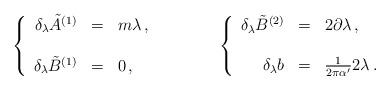
LaTeX: \begin{align*}\left\{\begin{array}{rcl}\delta_\lambda {\tilde A}^{(1)} & = &m\lambda\, ,\\& & \\\delta_\lambda {\tilde B}^{(1)} & =& 0\, ,\\\end{array}\right.\hspace{1.5cm}\left\{\begin{array}{rcl}\delta_\lambda {\tilde B}^{(2)} & = & 2\partial\lambda\, ,\\& & \\\delta_\lambda b & = & \frac{1}{2\pi\alpha^\prime}2\lambda\, .\\\end{array}\right.\end{align*}